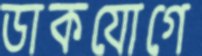
ডাকযোগে